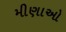
મીણાઓ